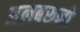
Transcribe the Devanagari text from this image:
अलबरूनो